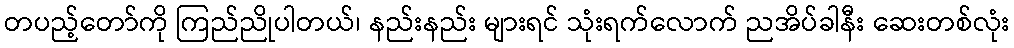
တပည့်တော်ကို ကြည်ညိုပါတယ်၊ နည်းနည်း များရင် သုံးရက်လောက် ညအိပ်ခါနီး ဆေးတစ်လုံး